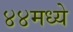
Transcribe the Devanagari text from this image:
४४मध्ये